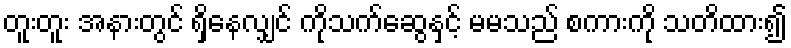
တူးတူး အနားတွင် ရှိနေလျှင် ကိုသက်ဆွေနှင့် မမသည် စကားကို သတိထား၍